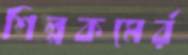
শিল্পকমের্র